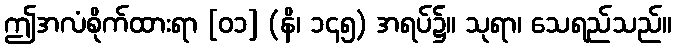
ဤအလံစိုက်ထားရာ [၀၁] (နိ၊ ၁၄၅) အရပ်၌။ သုရာ၊ သေရည်သည်။